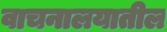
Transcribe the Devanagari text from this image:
वाचनालयातील